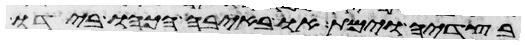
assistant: בצדיה וימת או באיבה הכהו בידו